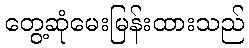
တွေ့ဆုံမေးမြန်းထားသည်